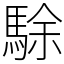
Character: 駼